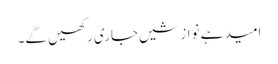
امید ہے نوازشیں جاری رکھیں گے۔